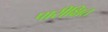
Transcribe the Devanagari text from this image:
पारीक्षित